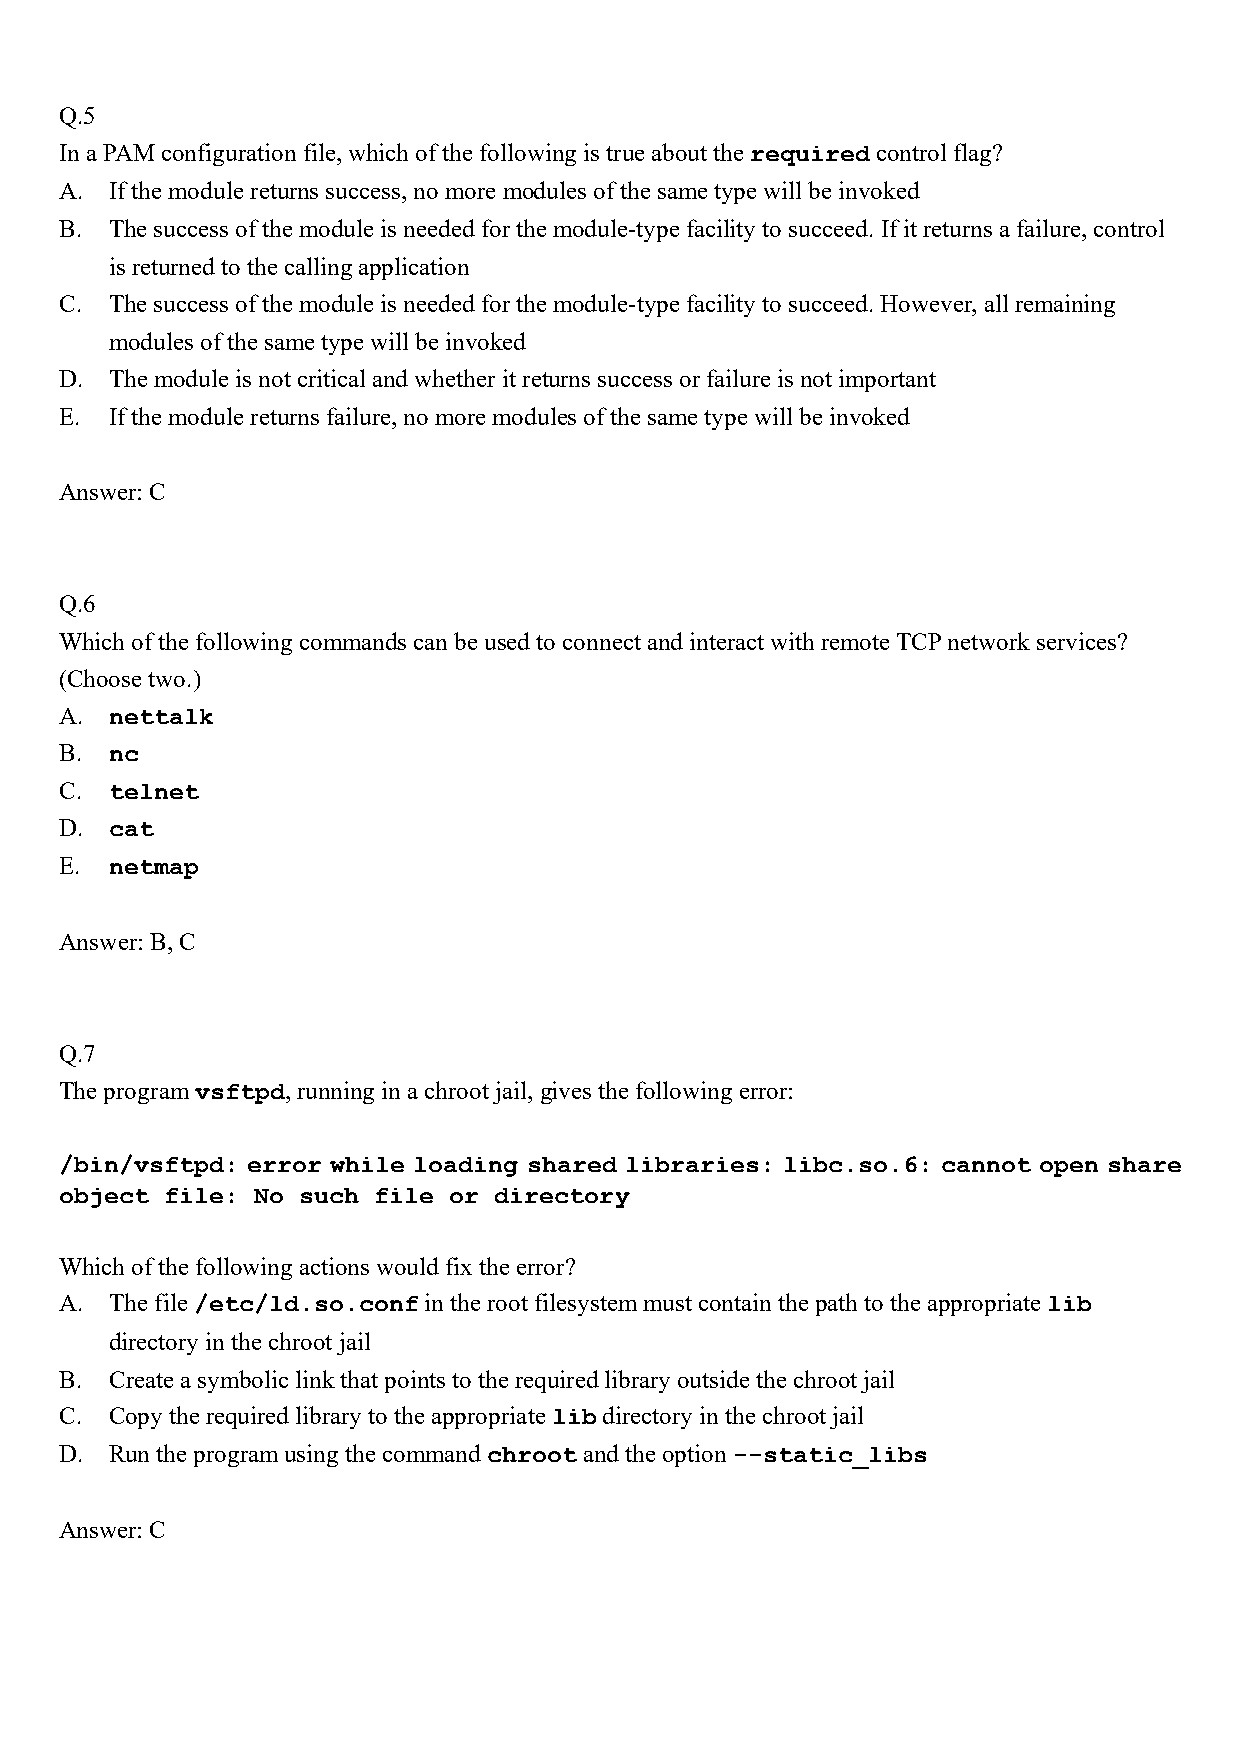
Q.5
 In a PAM configuration file, which of the following is true about the required control flag?
 A. If the module returns success, no more modules of the same type will be invoked
 B. The success of the module is needed for the module-type facility to succeed. If it returns a failure, control
 is returned to the calling application
 C. The success of the module is needed for the module-type facility to succeed. However, all remaining
 modules of the same type will be invoked
 D. The module is not critical and whether it returns success or failure is not important
 E. If the module returns failure, no more modules of the same type will be invoked
 Answer: C
 Q.6
 Which of the following commands can be used to connect and interact with remote TCP network services?
 (Choose two.)
 A. nettalk
 B. nc
 C. telnet
 D. cat
 E. netmap
 Answer: B, C
 Q.7
 The program vsftpd, running in a chroot jail, gives the following error:
 /bin/vsftpd: error while loading shared libraries: libc.so.6: cannot open share
 object file: No such file or directory
 Which of the following actions would fix the error?
 A. The file /etc/ld.so.conf in the root filesystem must contain the path to the appropriate lib
 directory in the chroot jail
 B. Create a symbolic link that points to the required library outside the chroot jail
 C. Copy the required library to the appropriate lib directory in the chroot jail
 D. Run the program using the command chroot and the option --static_libs
 Answer: C